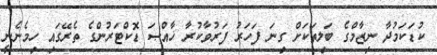
ކުޑަކަމުދާ ނިޒާމްގެ ބަލިތަކަށް ގިނަ ފަހަރު ފަރުވާކުރާ ޚާއްޞަ ޑޮކްޓަރުންގެ ތެރޭގައި ހިމެނެނީ